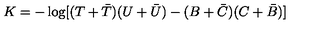
K = - \log [ ( T + { \bar { T } } ) ( U + { \bar { U } } ) - ( B + { \bar { C } } ) ( C + { \bar { B } } ) ]